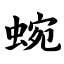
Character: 蜿